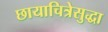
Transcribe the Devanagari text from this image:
छायाचित्रेसुद्धा